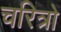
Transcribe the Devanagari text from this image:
चरित्रो